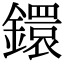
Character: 鐶